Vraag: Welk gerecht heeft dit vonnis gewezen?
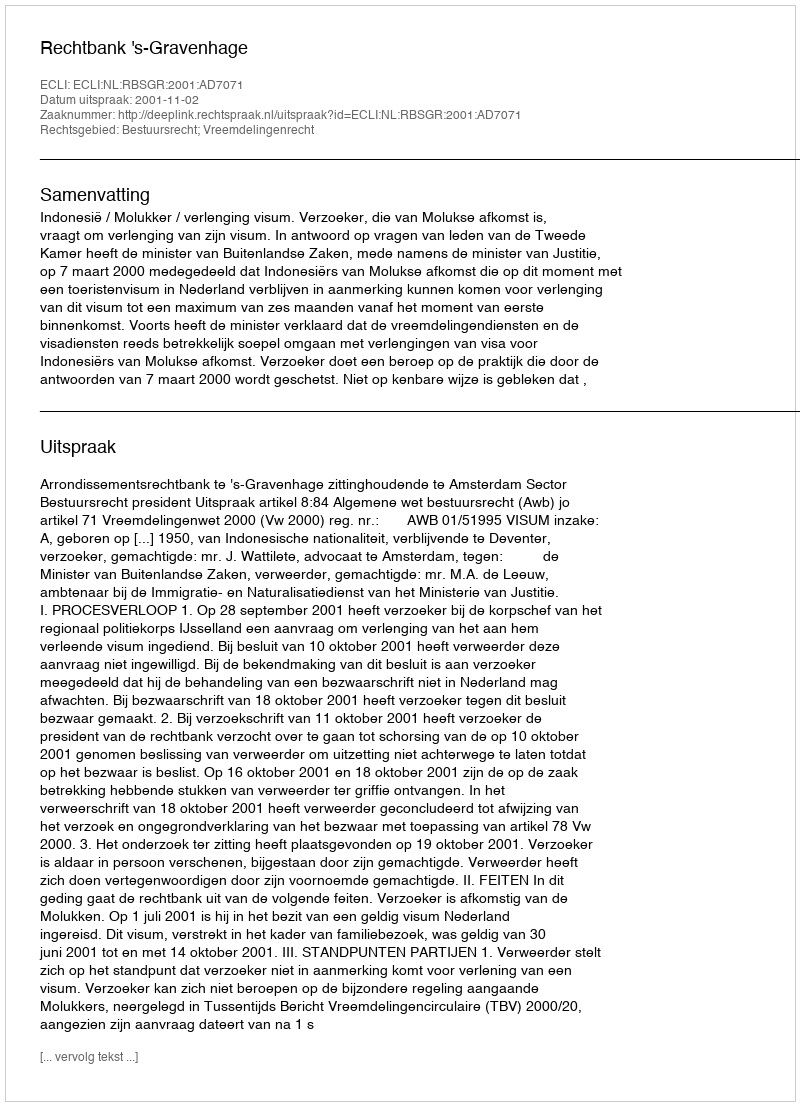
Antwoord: Rechtbank 's-Gravenhage